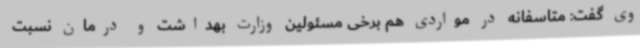
وی گفت: متاسفانه در مواردی هم برخی مسئولین وزارت بهداشت و درمان نسبت